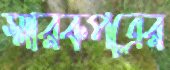
স্মারকপত্রের